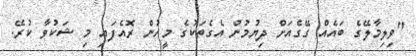
"ވިލިމާލޭގެ ބައެއް ގޭގެއަށް ދިޔުމުން އެގެތަކުގެ މީހުން ރޮއެފައި މި ޝަކުވާ ކުރޭ.